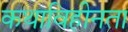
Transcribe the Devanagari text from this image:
कथाविहीनता